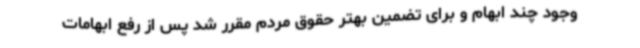
وجود چند ابهام و برای تضمین بهتر حقوق مردم مقرر شد پس از رفع ابهامات